Vaccination United Provinces of Agra and Oudh 1902-1913 - 1902-1913
Year: 1902
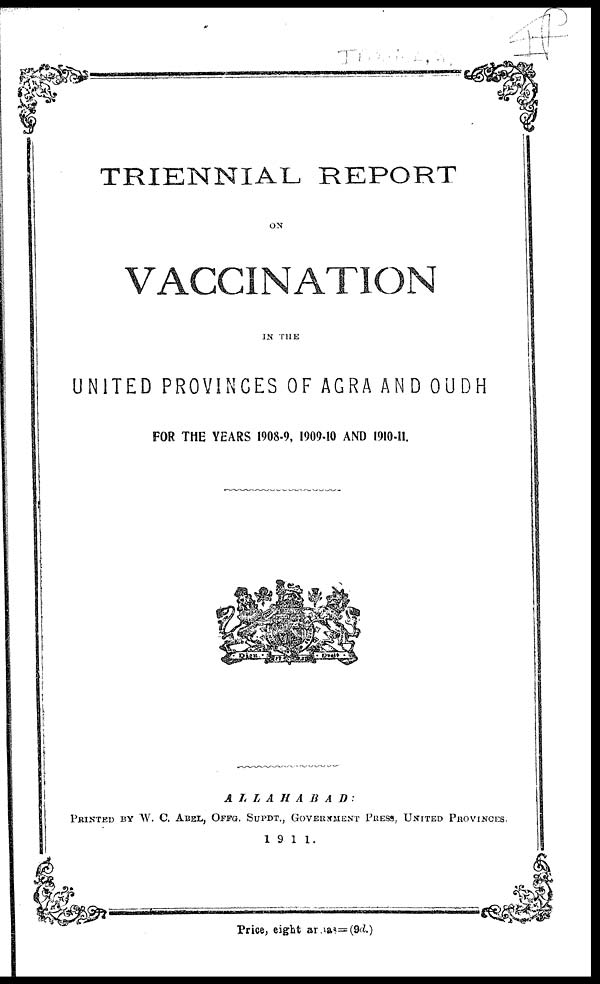
TRIENNIAL REPORT
ON
VACCINATION
IN THE
UNITED PROVINCES OF AGRA AND OUDH
FOR THE YEARS 1908-9, 1909-10 AND 1910-11.
ALLAHABAD
PRINTED BY W. C. ABEL, OFFG. SUPDT., GOVERNMENT PRESS, UNITED PROVINCES.
1911.
Price, eight areas=(9d.)